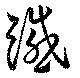
繊